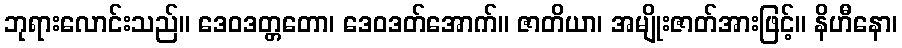
ဘုရားလောင်းသည်။ ဒေဝဒတ္တတော၊ ဒေဝဒတ်အောက်။ ဇာတိယာ၊ အမျိုးဇာတ်အားဖြင့်။ နိဟီနော၊